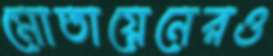
মোতায়েনেরও